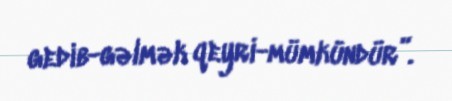
gedib-gəlmək qeyri-mümkündür”.